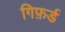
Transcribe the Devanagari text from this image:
गिफ़र्ड